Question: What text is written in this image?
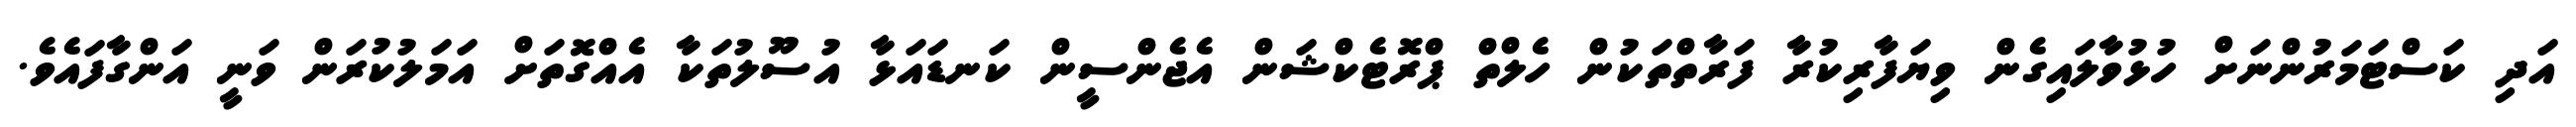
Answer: އަދި ކަސްޓަމަރުންނަށް ހުޅުވާލައިގެން ވިޔަފާރިކުރާ ފަރާތްތަކުން ހެލްތް ޕްރޮޓެކްޝަން އެޖެންސީން ކަނޑައަޅާ އުސޫލުތަކާ އެއްގޮތަށް އަމަލުކުރަން ވަނީ އަންގާފައެވެ.